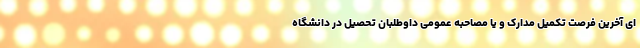
ای آخرین فرصت تکمیل مدارک و یا مصاحبه عمومی داوطلبان تحصیل در دانشگاه